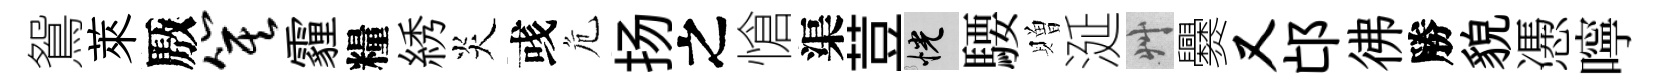
鴛萊厫箕霾糧綉炎彧危扬之愴渠荳恍騕贈涎艸爨又邙彿勝貌慿嚀